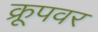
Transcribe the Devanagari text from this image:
क्रूपवर